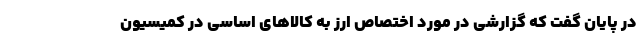
در پایان گفت که گزارشی در مورد اختصاص ارز به کالاهای اساسی در کمیسیون